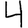
Digit: 4